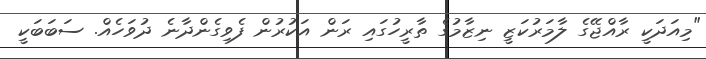
"މިއަދަކީ ރާއްޖޭގެ ލާމަރުކަޒީ ނިޒާމުގެ ތާރީހުގައި ރަން އަކުރުން ފެވިގެންދާނެ ދުވަހެއް. ސަބަބަކީ